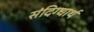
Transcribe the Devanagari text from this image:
संदिग्धार्थ